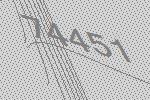
74451